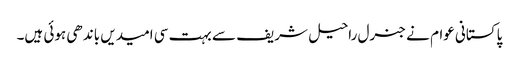
پاکستانی عوام نے جنرل راحیل شریف سے بہت سی امیدیں باندھی ہوئی ہیں۔